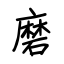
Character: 磨